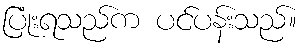
ပြုံးရသည်က ပင်ပန်းသည်။